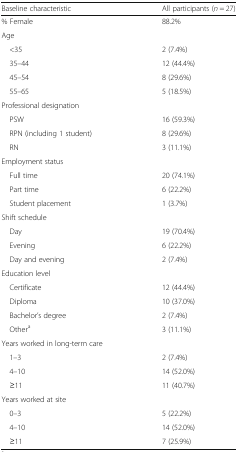
<table><thead><tr><td><b>Baseline characteristic</b></td><td><b>All participants (<i>n</i> = 27)</b></td></tr></thead><tbody><tr><td>% Female</td><td>88.2%</td></tr><tr><td colspan="2">Age</td></tr><tr><td> &lt;35</td><td>2 (7.4%)</td></tr><tr><td> 35–44</td><td>12 (44.4%)</td></tr><tr><td> 45–54</td><td>8 (29.6%)</td></tr><tr><td> 55–65</td><td>5 (18.5%)</td></tr><tr><td colspan="2">Professional designation</td></tr><tr><td> PSW</td><td>16 (59.3%)</td></tr><tr><td> RPN (including 1 student)</td><td>8 (29.6%)</td></tr><tr><td> RN</td><td>3 (11.1%)</td></tr><tr><td colspan="2">Employment status</td></tr><tr><td> Full time</td><td>20 (74.1%)</td></tr><tr><td> Part time</td><td>6 (22.2%)</td></tr><tr><td> Student placement</td><td>1 (3.7%)</td></tr><tr><td colspan="2">Shift schedule</td></tr><tr><td> Day</td><td>19 (70.4%)</td></tr><tr><td> Evening</td><td>6 (22.2%)</td></tr><tr><td> Day and evening</td><td>2 (7.4%)</td></tr><tr><td colspan="2">Education level</td></tr><tr><td> Certificate</td><td>12 (44.4%)</td></tr><tr><td> Diploma</td><td>10 (37.0%)</td></tr><tr><td> Bachelor’s degree</td><td>2 (7.4%)</td></tr><tr><td> Other<sup>a</sup></td><td>3 (11.1%)</td></tr><tr><td colspan="2">Years worked in long-term care</td></tr><tr><td> 1–3</td><td>2 (7.4%)</td></tr><tr><td> 4–10</td><td>14 (52.0%)</td></tr><tr><td> ≥11</td><td>11 (40.7%)</td></tr><tr><td colspan="2">Years worked at site</td></tr><tr><td> 0–3</td><td>5 (22.2%)</td></tr><tr><td> 4–10</td><td>14 (52.0%)</td></tr><tr><td> ≥11</td><td>7 (25.9%)</td></tr></tbody></table>